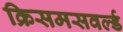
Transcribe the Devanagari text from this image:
क्रिसमसवर्ल्ड